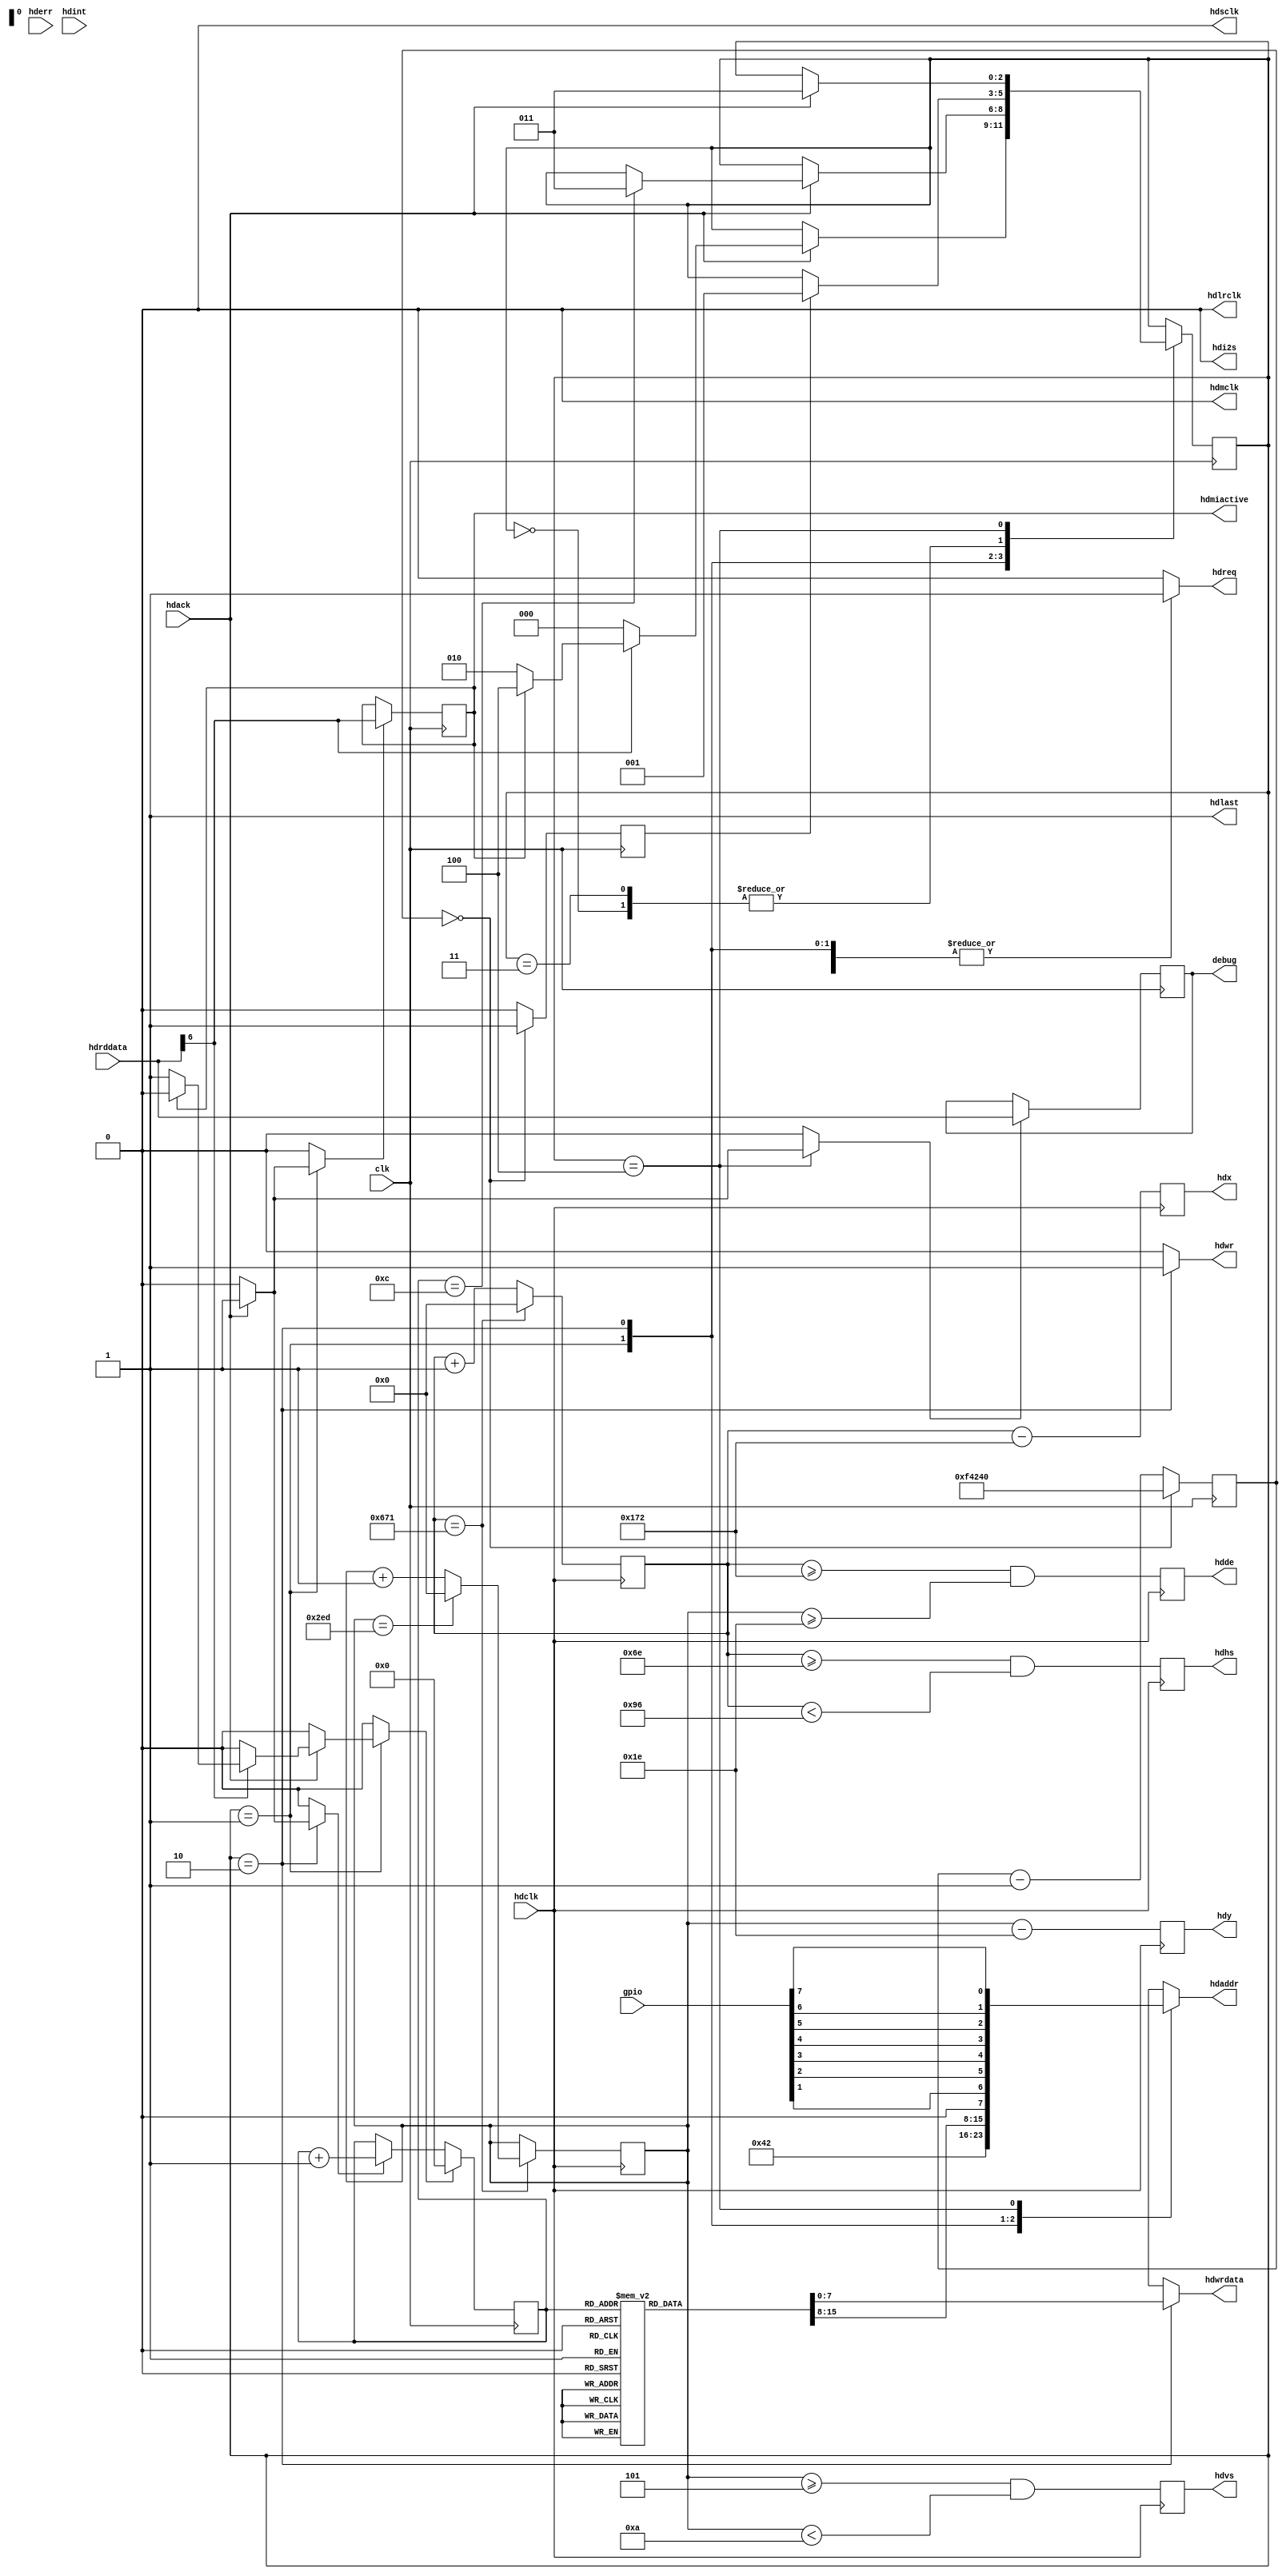
module hdmi(
	input wire clk,
	
	output reg [7:0] hdaddr,
	output reg [7:0] hdwrdata,
	output reg hdreq,
	output reg hdwr,
	output reg hdlast,
	input wire [7:0] hdrddata,
	input wire hdack,
	input wire hderr,
	
	input wire hdclk,
	output reg hdde,
	output reg hdvs,
	output reg hdhs,
	output reg [15:0] hdx,
	output reg [15:0] hdy,
	
	output wire hdmclk,
	output wire hdsclk,
	output wire hdlrclk,
	output wire hdi2s,
	input wire hdint,
	
	output reg hdmiactive,
	input wire [7:0] gpio,
	output reg [7:0] debug
);

	localparam INITS = 12;

	reg [15:0] inits [0:INITS];
	initial begin
		inits[0] = 16'h4110;
		inits[1] = 16'h0A00;
		inits[2] = 16'h9807;
		inits[3] = 16'h9C38;
		inits[4] = 16'h9D61;
		inits[5] = 16'hA284;
		inits[6] = 16'hA384;
		inits[7] = 16'hBBFF;
		inits[8] = 16'h150A;
		inits[9] = 16'h1600;
		inits[10] = 16'h1702;
		inits[11] = 16'hAF04;
		inits[12] = 16'hBA60;
	end
	
	localparam HPDPERIOD = 1000000;
	reg [31:0] hpdtimer;
	reg hpdtick;
	always @(posedge clk) begin
		hpdtick <= 0;
		if(hpdtimer == 0) begin
			hpdtick <= 1;
			hpdtimer <= HPDPERIOD;
		end else
			hpdtimer <= hpdtimer - 1;
	end
	
	reg [3:0] ctr;
	reg resetctr, incctr, setact;
	reg loaddebug;
	always @(posedge clk) begin
		if(incctr)
			ctr <= ctr + 1;
		if(resetctr)
			ctr <= 0;
		if(setact)
			hdmiactive <= hdrddata[6];
		if(loaddebug)
			debug <= hdrddata;
	end
	
	reg [2:0] state, state_;
	localparam PDOWN = 0;
	localparam HPDCHECK = 1;
	localparam INIT = 2;
	localparam IDLE = 3;
	localparam CHECK = 4;
	
	always @(posedge clk)
		state <= state_;
	
	always @(*) begin
		state_ = state;
		hdaddr = 8'bx;
		hdwrdata = 8'bx;
		hdreq = 0;
		hdwr = 0;
		hdlast = 1;
		resetctr = 0;
		incctr = 0;
		setact = 0;
		loaddebug = 0;
		case(state)
		PDOWN:
			if(hpdtick)
				state_ = HPDCHECK;
		HPDCHECK: begin
			hdaddr = 8'h42;
			hdreq = 1;
			if(hdack) begin
				setact = 1;
				if(hdrddata[6])
					if(hdmiactive)
						state_ = CHECK;
					else begin
						state_ = INIT;
						resetctr = 1;
					end
				else
					state_ = PDOWN;
			end
		end
		INIT: begin
			hdaddr = inits[ctr][15:8];
			hdwrdata = inits[ctr][7:0];
			hdwr = 1;
			hdreq = 1;
			if(hdack) begin
				incctr = 1;
				if(ctr == INITS)
					state_ = IDLE;
			end
		end
		IDLE:
			if(hpdtick)
				state_ = HPDCHECK;
		CHECK: begin
			hdaddr = {1'b0, gpio[1], gpio[2], gpio[3], gpio[4], gpio[5], gpio[6], gpio[7]};
			hdreq = 1;
			if(hdack) begin
				loaddebug = 1;
				state_ = IDLE;
			end
		end
		endcase
	end
	
	reg [15:0] x, y;

	localparam HACT = 1280;
	localparam HFRONT = 110;
	localparam HSYNC = 40;
	localparam HBACK = 220;
	localparam VACT = 720;
	localparam VFRONT = 5;
	localparam VSYNC = 5;
	localparam VBACK = 20;

/*
	localparam HACT = 640;
	localparam HFRONT = 16;
	localparam HSYNC = 96;
	localparam HBACK = 48;
	localparam VACT = 480;
	localparam VFRONT = 10;
	localparam VSYNC = 2;
	localparam VBACK = 33;
*/
	
	localparam HSYNCON = HFRONT;
	localparam HSYNCOFF = HFRONT+HSYNC;
	localparam HACTON = HFRONT+HSYNC+HBACK;
	localparam HTOT = HFRONT+HSYNC+HBACK+HACT;
	localparam VSYNCON = VFRONT;
	localparam VSYNCOFF = VFRONT+VSYNC;
	localparam VACTON = VFRONT+VSYNC+VBACK;
	localparam VTOT = VFRONT+VSYNC+VBACK+VACT;
	
	
	always @(posedge hdclk) begin
		if(x == HTOT-1) begin
			x <= 0;
			if(y == VTOT-1)
				y <= 0;
			else
				y <= y + 1;
		end else
			x <= x + 1;
		hdhs <= x >= HSYNCON && x < HSYNCOFF;
		hdvs <= y >= VSYNCON && y < VSYNCOFF;
		hdde <= x >= HACTON && y >= VACTON;
		hdx <= x - HACTON;
		hdy <= y - VACTON;
	end
	
	assign hdmclk = 0;
	assign hdsclk = 0;
	assign hdi2s = 0;
	assign hdlrclk = 0;

endmodule